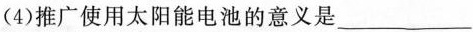
(4)推广使用太阳能电池的意义是___